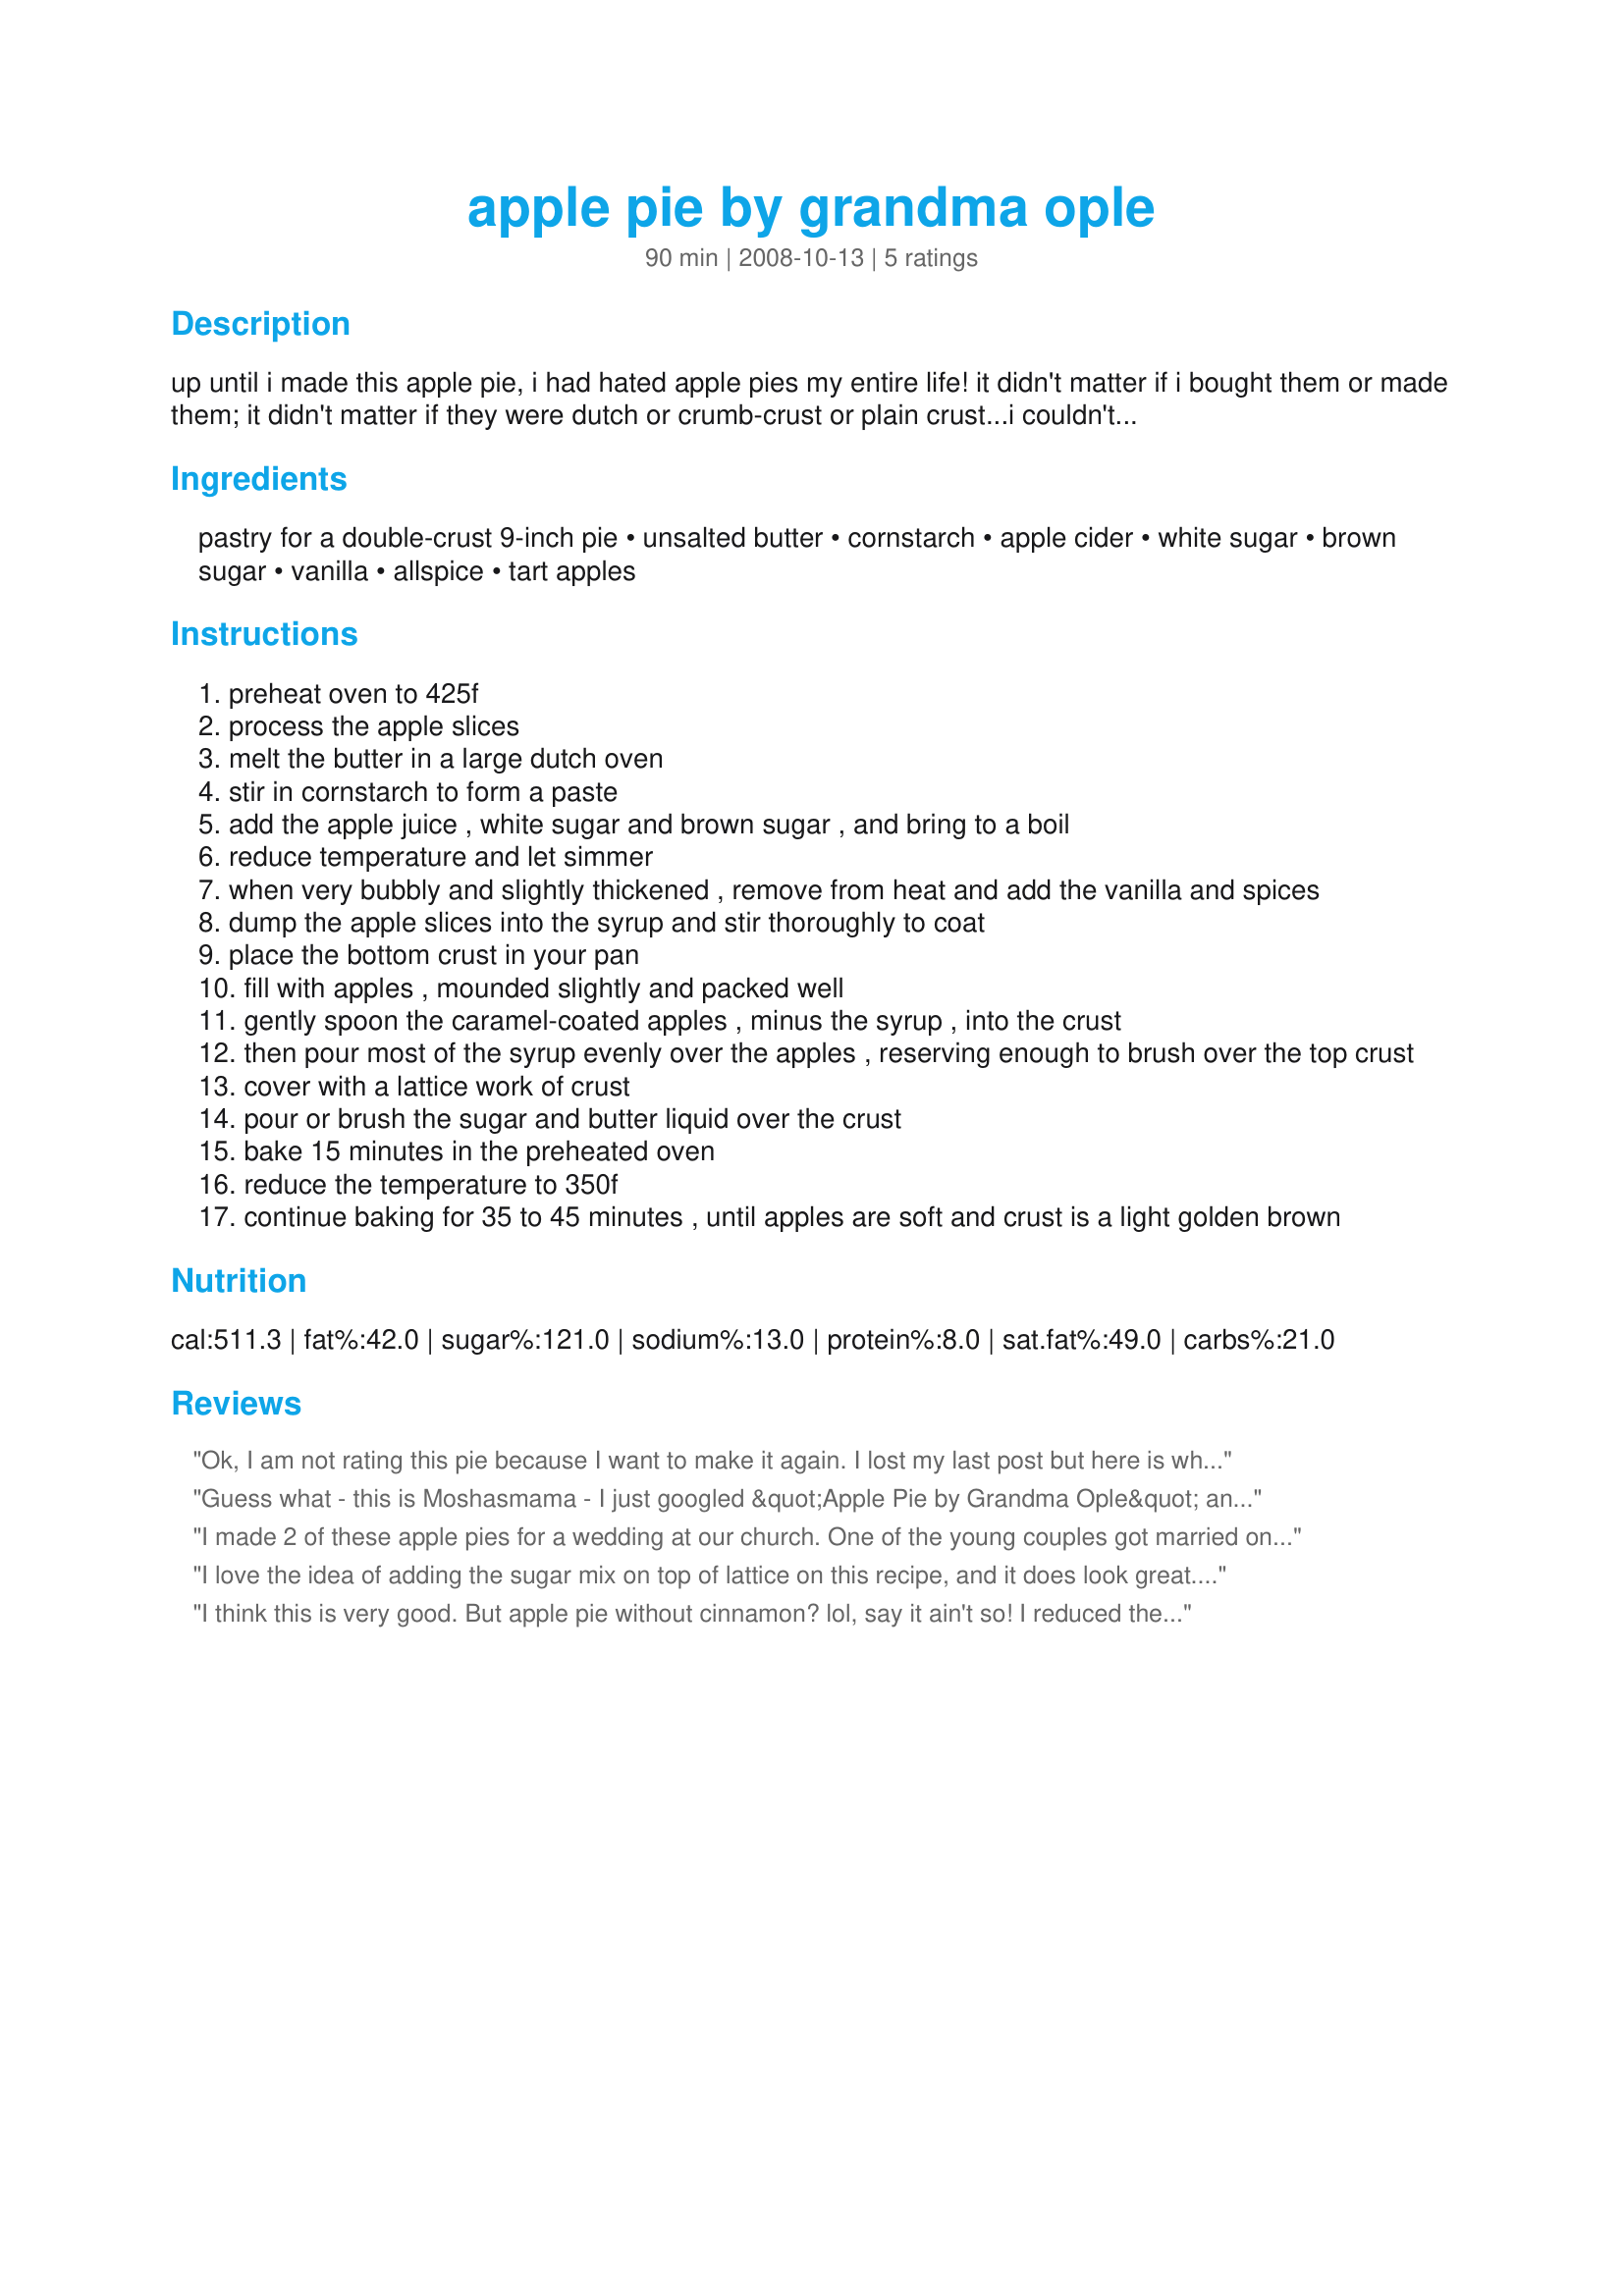
apple pie by grandma ople
Preparation time: 90 minutes

up until i made this apple pie, i had hated apple pies my entire life! it didn't matter if i bought them or made them; it didn't matter if they were dutch or crumb-crust or plain crust...i couldn't get past the overly sweet/cinnamony insipidness of the filling. however, things have now changed, forever. a friend begged me to make them an apple pie, and i found this recipe on a website where it had garnered 1,617 five star reviews! i read over 40 of the reviews and the version of the pie recipe that i'm posting is based on their tweaking it. the original pie had too many calories for some and no seasonings: suggestions included cutting the syrup in 1/2, adding vanilla and some spices. it also included several helpful hints on adding the buttery caramel syrup.

please do yourself a favour: whether you adore apple pie or have always avoided it as i have, make this pie!!!! if you want to make it with the original recipe, here is the link: http://allrecipes.com/recipe/apple-pie-by-grandma-ople/detail.aspx?src=etaf. my many thanks and appreciation to the original poster, moshamama.

Ingredients:
pastry for a double-crust 9-inch pie, unsalted butter, cornstarch, apple cider, white sugar, brown sugar, vanilla, allspice, tart apples

Steps:
preheat oven to 425f
process the apple slices
melt the butter in a large dutch oven
stir in cornstarch to form a paste
add the apple juice , white sugar and brown sugar , and bring to a boil
reduce temperature and let simmer
when very bubbly and slightly thickened , remove from heat and add the vanilla and spices
dump the apple slices into the syrup and stir thoroughly to coat
place the bottom crust in your pan
fill with apples , mounded slightly and packed well
gently spoon the caramel-coated apples , minus the syrup , into the crust
then pour most of the syrup evenly over the apples , reserving enough to brush over the top crust
cover with a lattice work of crust
pour or brush the sugar and butter liquid over the crust
bake 15 minutes in the preheated oven
reduce the temperature to 350f
continue baking for 35 to 45 minutes , until apples are soft and crust is a light golden brown

Reviews:
Ok, I am not rating this pie because I want to make it again. I lost my last post but here is what I did: I used 7 grannies and got a mountain of a 12" pie. I baked it for 15 minutes at 325 and then lowered the temperature to 350 for 45 minutes. The apples were still raw so I let it go another 20 minutes and after dinner DH said the apples were too crunchy so I threw it back into the over for another 45 minutes. It was done and I served up another slice and it was in need of some spices. Soooo, I will make another one and return to give it some stars. Also, I think I needed a little more goo for that big pie. SA
UPDATE: Ok the mystery apples in the bin at the grocery store worked very well. I am so pleased with this pie recipe I could scream. I did fill the pie with the goo and then laticed it and brushed it with the leftover goo. Very nice. Loved it to death and will say it is right up there with the best apple pie in the universe. Thanks for posting. Camera is on the fritz but I promise to shoot the next pie.
Thanks again Swedie.
Guess what - this is Moshasmama - I just googled &quot;Apple Pie by Grandma Ople&quot; and was so surprises to see the number of websites that have posted my Grandma Ople&#039;s recipe. So glad you all love it as much as my family does. I am not in the least &quot;offended&quot; by people tweaking the original recipe. After all that is what baking and creating is all about - taking something and making it uniquely your own.
I made 2 of these apple pies for a wedding at our church. One of the young couples got married on friday so everyone from church brought in their homemade food/desserts to help cut the cost of their wedding. I had so many people asking me for this recipe, that I had to promise to send them the recipe either by email or bring it in to church this sunday. Needless to say this Apple pie and your Angel food cake--deluxe x330370 was a big hit. Thanks for posting these wonderful recipes. Made for Spring PAC 2009
I love the idea of adding the sugar mix on top of lattice on this recipe, and it does look great. My problem was 9 inch store bought aluminum pan, since I made this to give away. 8 apples is way too much, I ended up using about 6. I The sauce was also dripping away from the pie big time, next time I make lot less unless I use bigger pie dish (which I might!) It smells and looks great and with few tweaks I bet this will be my go to recipe. Not something I&#039;d recommend to try if you never baked before, you can even mess up the sauce pretty easy..
I think this is very good. But apple pie without cinnamon? lol, say it ain't so! I reduced the nutmeg to about 1/4 teaspoon and added a healthy rounded teaspoon of Vietnamese cinnamon. I used a combination of Granny Smith and Macintosh apples. I found the balance of the flavors perfect. The relatively small amount of sugar suits my taste to a T.
